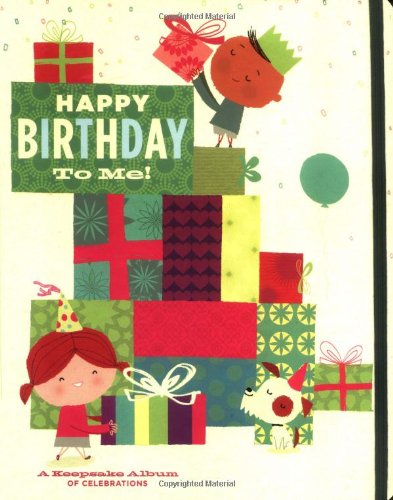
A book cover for Happy Birthday to Me: A Keepsake Album of Your Celebrations; Chronicle Books; Teen & Young Adult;